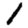
Digit: 1